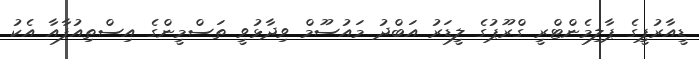
ޑީއާރުޕީގެ ޕާލިމެންޓްރީ ގްރޫޕުގެ ލީޑަރު އަބްދު މައުސޫމް ވިދާޅުވީ ތަސްމީންގެ އިސްތިއުފާއާ އެކު